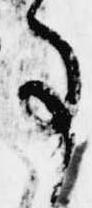
事